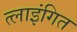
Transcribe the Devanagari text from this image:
त्लाइंगित